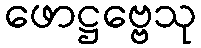
ဖောဋ္ဌဗ္ဗေသု